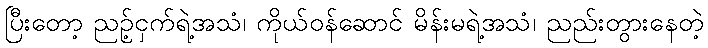
ပြီးတော့ ညဥ့်ငှက်ရဲ့အသံ၊ ကိုယ်ဝန်ဆောင် မိန်းမရဲ့အသံ၊ ညည်းတွားနေတဲ့